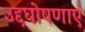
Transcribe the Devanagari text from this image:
उद्दघोषणाएं